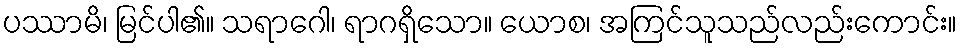
ပဿာမိ၊ မြင်ပါ၏။ သရာဂေါ၊ ရာဂရှိသော။ ယောစ၊ အကြင်သူသည်လည်းကောင်း။